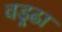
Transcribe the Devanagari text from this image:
वड्र्ढा